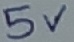
Text: 5V